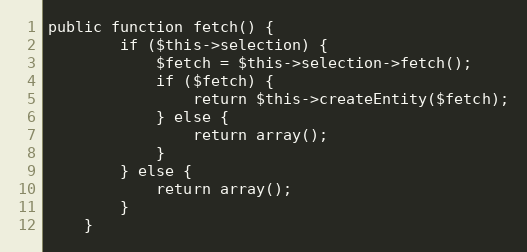
Language: PHP
public function fetch() {
		if ($this->selection) {
			$fetch = $this->selection->fetch();
			if ($fetch) {
				return $this->createEntity($fetch);
			} else {
				return array();
			}
		} else {
			return array();
		}
	}